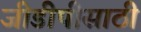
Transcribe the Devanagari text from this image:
जीडीपीसाठी